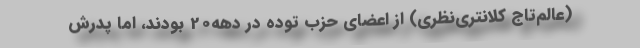
(عالم‌تاج كلانتری‌نظری) از اعضای حزب توده در دهه20 بودند، اما پدرش